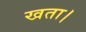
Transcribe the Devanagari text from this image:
खता।